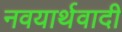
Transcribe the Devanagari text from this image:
नवयार्थवादी